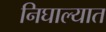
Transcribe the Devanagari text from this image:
निघाल्यात